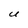
Character: U